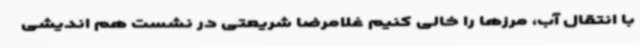
با انتقال آب، مرزها را خالی کنیم غلامرضا شریعتی در نشست هم اندیشی